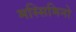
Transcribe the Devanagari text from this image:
मस्सिमिनो